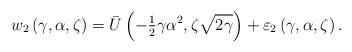
LaTeX: \begin{align*}w_{2}\left( {\gamma,\alpha,\zeta}\right) =\bar{{U}}\left( {-{\tfrac{1}{2}}\gamma\alpha^{2},\zeta\sqrt{2\gamma}}\right) +\varepsilon_{2}\left({\gamma,\alpha,\zeta}\right) . \end{align*}